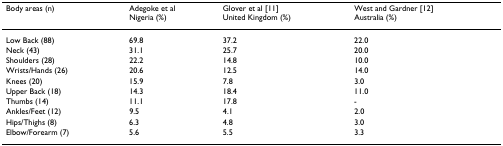
| Body areas (n) | Adegoke et alNigeria (%) | Glover et al [11]United Kingdom (%) | West and Gardner [12]Australia (%) |
 | --- | --- | --- | --- |
 | Low Back (88) | 69.8 | 37.2 | 22.0 |
 | Neck (43) | 31.1 | 25.7 | 20.0 |
 | Shoulders (28) | 22.2 | 14.8 | 10.0 |
 | Wrists/Hands (26) | 20.6 | 12.5 | 14.0 |
 | Knees (20) | 15.9 | 7.8 | 3.0 |
 | Upper Back (18) | 14.3 | 18.4 | 11.0 |
 | Thumbs (14) | 11.1 | 17.8 | - |
 | Ankles/Feet (12) | 9.5 | 4.1 | 2.0 |
 | Hips/Thighs (8) | 6.3 | 4.8 | 3.0 |
 | Elbow/Forearm (7) | 5.6 | 5.5 | 3.3 |